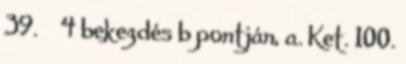
39. § 4 bekezdés b pontján, a. Ket. 100.